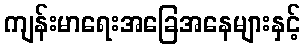
ကျန်းမာရေးအခြေအနေများနှင့်